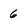
Character: 6